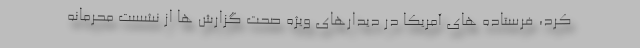
کرد، فرستاده های آمریکا در دیدارهای ویژه صحت گزارش ها از نشست محرمانه